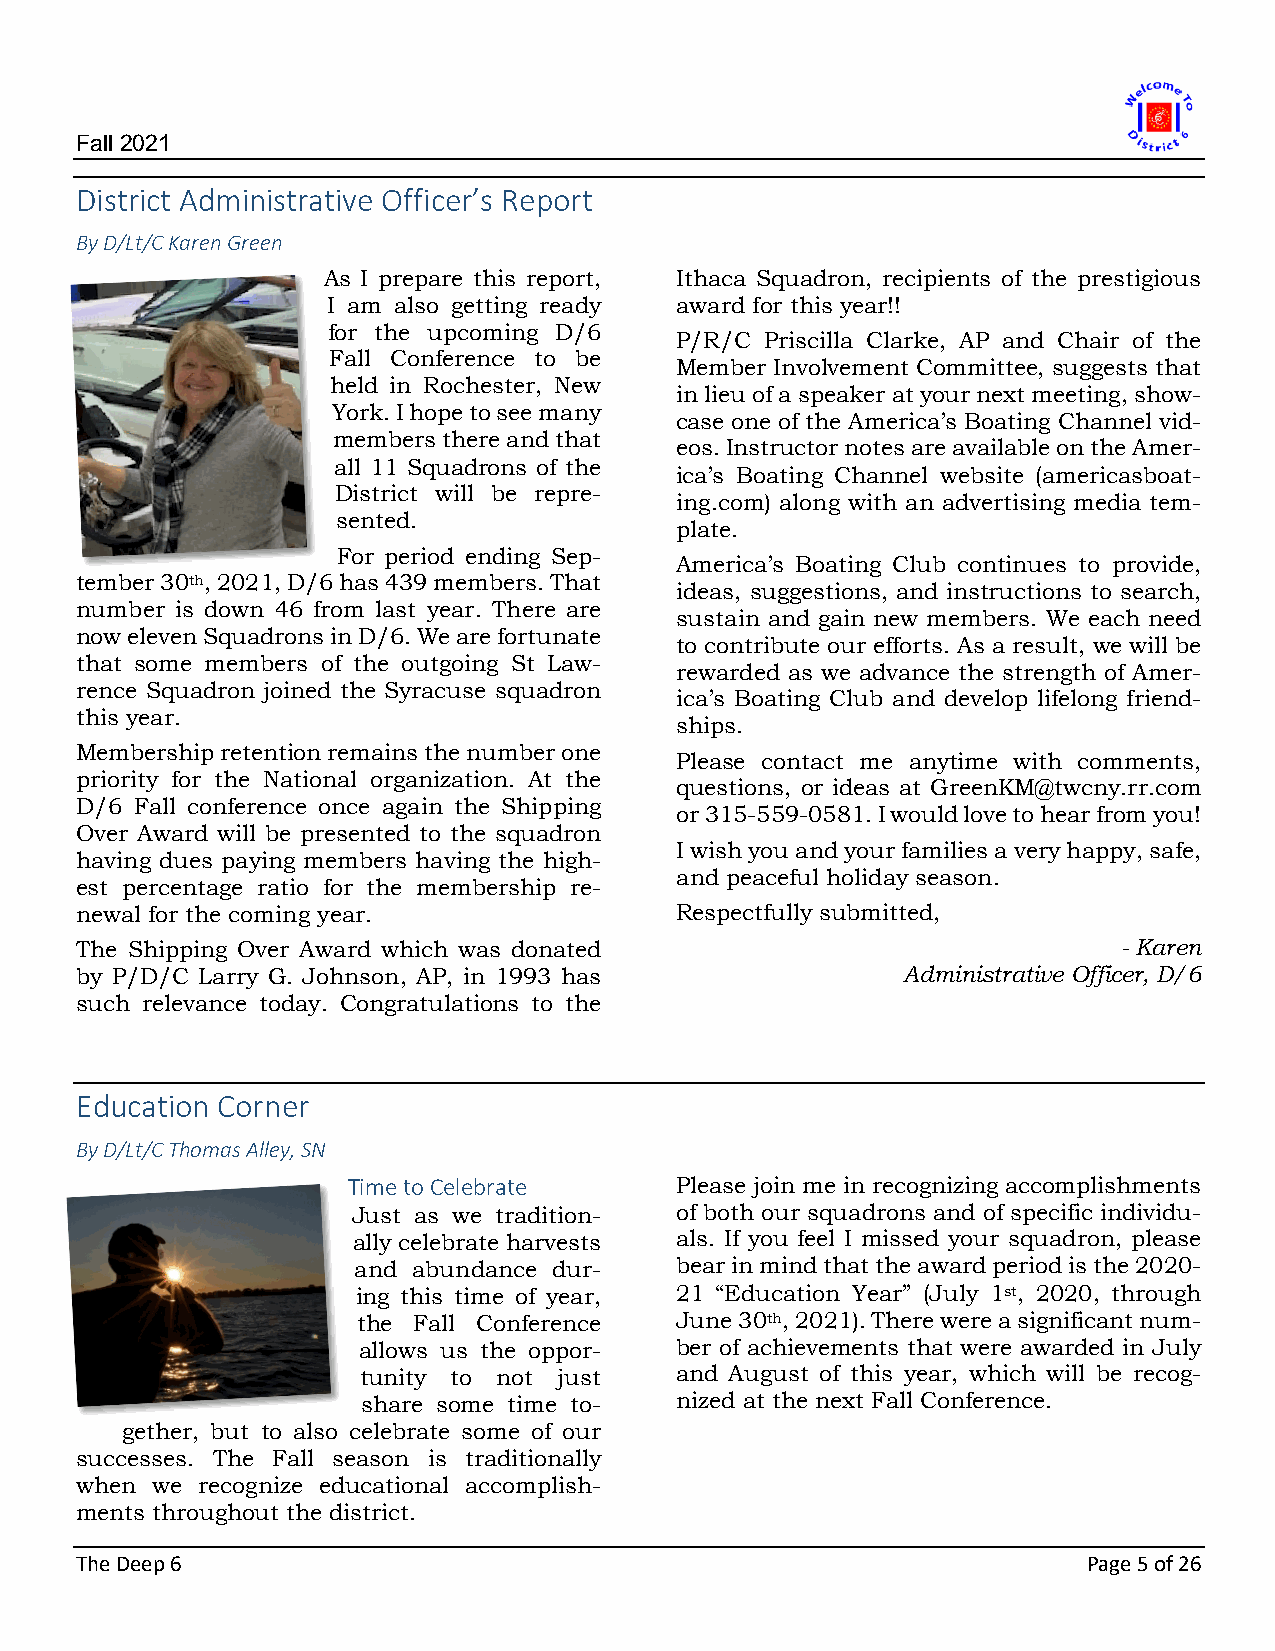
Fall 2021
 District Administrative Officer’s Report
 By D/Lt/C Karen Green
 As I prepare this report, Ithaca Squadron, recipients of the prestigious
 I am also getting ready award for this year!!
 for the upcoming D/6
 P/R/C Priscilla Clarke, AP and Chair of the
 Fall Conference to be
 Member Involvement Committee, suggests that
 held in Rochester, New
 in lieu of a speaker at your next meeting, show-
 York. I hope to see many
 case one of the America’s Boating Channel vid-
 members there and that
 eos. Instructor notes are available on the Amer-
 all 11 Squadrons of the
 ica’s Boating Channel website (americasboat-
 District will be repre-
 ing.com) along with an advertising media tem-
 sented.
 plate.
 For period ending Sep-
 America’s Boating Club continues to provide,
 tember 30th, 2021, D/6 has 439 members. That
 ideas, suggestions, and instructions to search,
 number is down 46 from last year. There are
 sustain and gain new members. We each need
 now eleven Squadrons in D/6. We are fortunate
 to contribute our efforts. As a result, we will be
 that some members of the outgoing St Law-
 rewarded as we advance the strength of Amer-
 rence Squadron joined the Syracuse squadron
 ica’s Boating Club and develop lifelong friend-
 this year.
 ships.
 Membership retention remains the number one
 Please contact me anytime with comments,
 priority for the National organization. At the
 questions, or ideas at GreenKM@twcny.rr.com
 D/6 Fall conference once again the Shipping
 or 315-559-0581. I would love to hear from you!
 Over Award will be presented to the squadron
 I wish you and your families a very happy, safe,
 having dues paying members having the high-
 and peaceful holiday season.
 est percentage ratio for the membership re-
 newal for the coming year.              Respectfully submitted,
 The Shipping Over Award which was donated                            - Karen
 by P/D/C Larry G. Johnson, AP, in 1993 has             Administrative Officer, D/6
 such relevance today. Congratulations to the
 Education Corner
 By D/Lt/C Thomas Alley, SN
 Time to Celebrate     Please join me in recognizing accomplishments
 Just as we tradition- of both our squadrons and of specific individu-
 ally celebrate harvests als. If you feel I missed your squadron, please
 and abundance dur-    bear in mind that the award period is the 2020-
 ing this time of year, 21 “Education Year” (July 1st, 2020, through
 the Fall Conference  June 30th, 2021). There were a significant num-
 allows us the oppor- ber of achievements that were awarded in July
 tunity to not just   and August of this year, which will be recog-
 share some time to-  nized at the next Fall Conference.
 gether, but to also celebrate some of our
 successes. The Fall season is traditionally
 when we recognize educational accomplish-
 ments throughout the district.
 The Deep 6                                                         Page 5 of 26